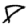
Digit: 8